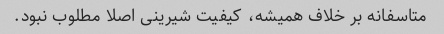
متاسفانه بر خلاف همیشه، کیفیت شیرینی اصلا مطلوب نبود.